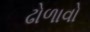
ઢોળાવો